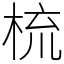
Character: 梳